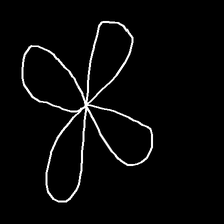
Glyph: billowing